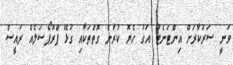
ވަނީ ސަރުކާރަށް އިންޓަނެޓު އަގު ހެޔޮ ކުރާނެ ގޮތްތަކާއި ގުޅޭ ޕްރޮޕޯސަލެއް ރައީސް